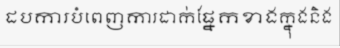
ដបការបំពេញការដាក់ផ្នែកខាងក្នុងនិង